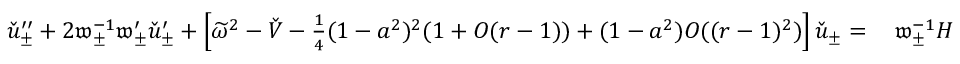
\begin{array} { r l } { \check { u } _ { \pm } ^ { \prime \prime } + 2 \mathfrak { w } _ { \pm } ^ { - 1 } \mathfrak { w } _ { \pm } ^ { \prime } \check { u } _ { \pm } ^ { \prime } + \left[ \widetilde { \omega } ^ { 2 } - \check { V } - \frac { 1 } { 4 } ( 1 - a ^ { 2 } ) ^ { 2 } ( 1 + O ( r - 1 ) ) + ( 1 - a ^ { 2 } ) O ( ( r - 1 ) ^ { 2 } ) \right] \check { u } _ { \pm } = } & { \: \mathfrak { w } _ { \pm } ^ { - 1 } H } \end{array}